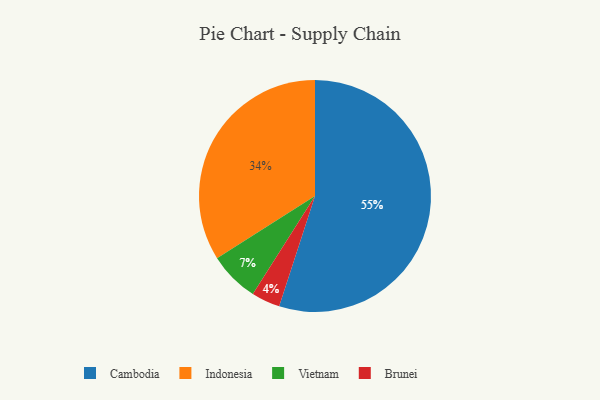
{"axis": {"x": "Category", "y": "Percentage"}, "legend": ["Brunei", "Cambodia", "Indonesia", "Vietnam"], "data": [{"x": "Brunei", "y": 4, "type": "Brunei"}, {"x": "Indonesia", "y": 34, "type": "Indonesia"}, {"x": "Cambodia", "y": 55, "type": "Cambodia"}, {"x": "Vietnam", "y": 7, "type": "Vietnam"}]}